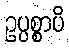
ဥပ္ပစ္စာပိ